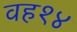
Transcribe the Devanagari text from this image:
वह१४